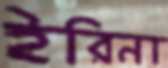
ইরিনা